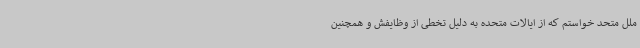
ملل متحد خواستم که از ایالات متحده به دلیل تخطی از وظایفش و همچنین